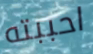
احببته